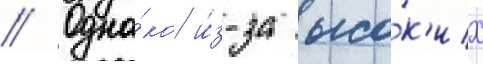
// Одна́ко и́з-за высо́к'их